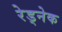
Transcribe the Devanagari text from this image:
रेड्नेक